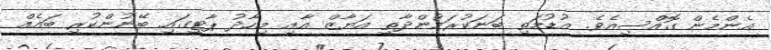
އެންމެން ގޮއްސިއެވެ. އުޑުމަތި ބަނަކުރަމުންދާތީ އަޔާޒް އާއި މިހާދު ޕާޓީގައި ބޭނުންކުރި ބައެއް